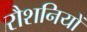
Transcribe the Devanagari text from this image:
रौशनियों